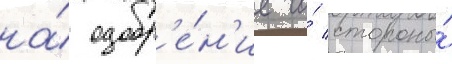
на́ одобр'е́н'ие со́ стороны́